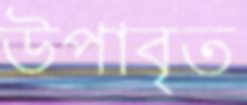
উপাবৃত